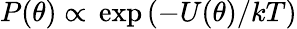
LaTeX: P(\theta)\propto{}\exp\left(-U(\theta)/kT\right)